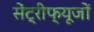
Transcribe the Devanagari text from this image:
सेंट्रीफ्यूजों